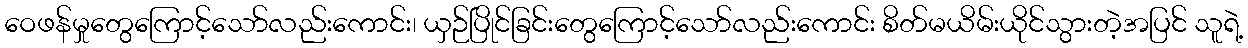
ဝေဖန်မှုတွေကြောင့်သော်လည်းကောင်း၊ ယှဉ်ပြိုင်ခြင်းတွေကြောင့်သော်လည်းကောင်း စိတ်မယိမ်းယိုင်သွားတဲ့အပြင် သူရဲ့